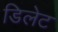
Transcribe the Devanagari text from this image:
डिलेट